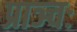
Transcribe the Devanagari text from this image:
प्राञ्चः